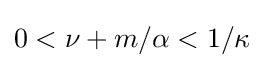
0<\nu +m/\alpha <1/\kappa